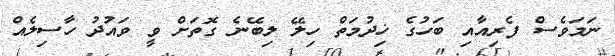
ނަމަވެސް ފެރިއާއި ބަހުގެ ޚިދުމަތް ހިލޭ ލިބޭނެ ގޮތަށް ވީ ވައުދު ހާސިލެއް